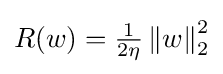
{\textstyle R(w)={\frac {1}{2\eta }}\left\|w\right\|_{2}^{2}}